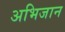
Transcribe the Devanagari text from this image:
अभिजान